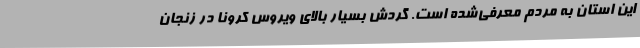
این استان به مردم معرفی‌شده است. گردش بسیار بالای ویروس کرونا در زنجان